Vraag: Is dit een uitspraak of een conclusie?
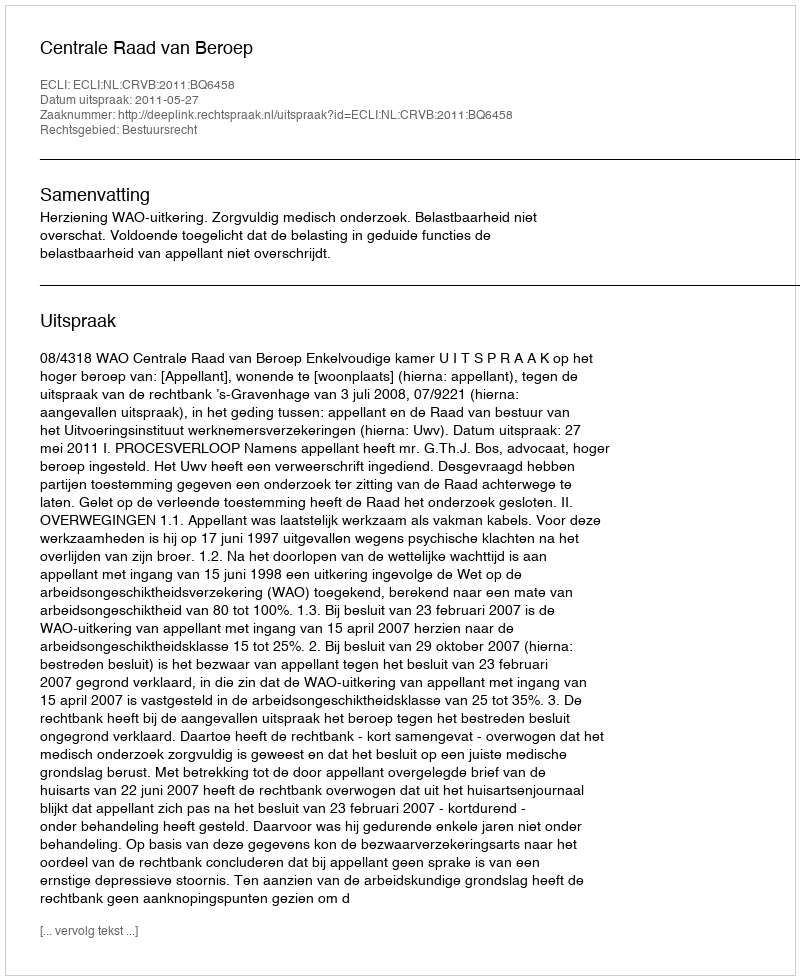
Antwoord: Uitspraak